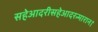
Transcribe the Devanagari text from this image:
सहेआदरीसहेआदरन्मारान।